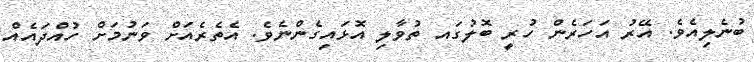
ބުނެލިއެވެ. އޭރު އަހަރެން ހުރީ ބޮލުގައ ތުވާލި އޮޅައިގެންނެވެ. އެތެރެއަށް ވަނުމަށް ހުއްދައެއް